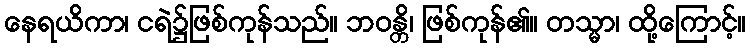
နေရယိကာ၊ ငရဲ၌ဖြစ်ကုန်သည်။ ဘဝန္တိ၊ ဖြစ်ကုန်၏။ တသ္မာ၊ ထို့ကြောင့်။